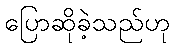
ပြောဆိုခဲ့သည်ဟု